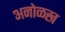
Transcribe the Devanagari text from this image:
अनोळख